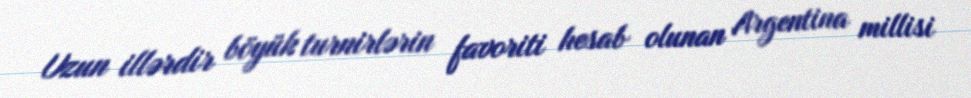
Uzun illərdir böyük turnirlərin favoriti hesab olunan Argentina millisi